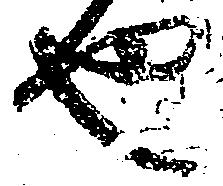
也